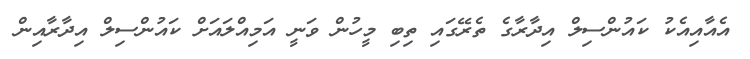
އެއާއިއެކު ކައުންސިލް އިދާރާގެ ތެރޭގައި ތިބި މީހުން ވަނީ އަމިއްލައަށް ކައުންސިލް އިދާރާއިން